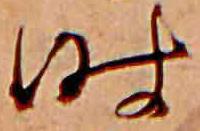
時